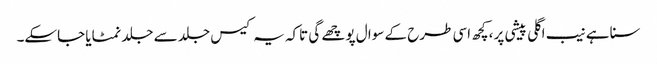
سنا ہے نیب اگلی پیشی پر ،کچھ اسی طرح کے سوا ل پوچھے گی تاکہ یہ کیس جلد سے جلد نمٹایا جاسکے۔